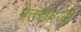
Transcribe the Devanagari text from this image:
पैतरेबाजी